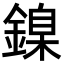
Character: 鎳